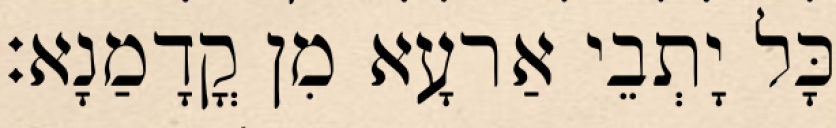
כָּל יָתְבֵי אַרעָא מִן קֳדָמַנָא׃